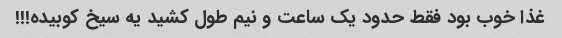
غذا خوب بود فقط حدود یک ساعت و نیم طول کشید یه سیخ کوبیده!!!